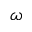
\omega